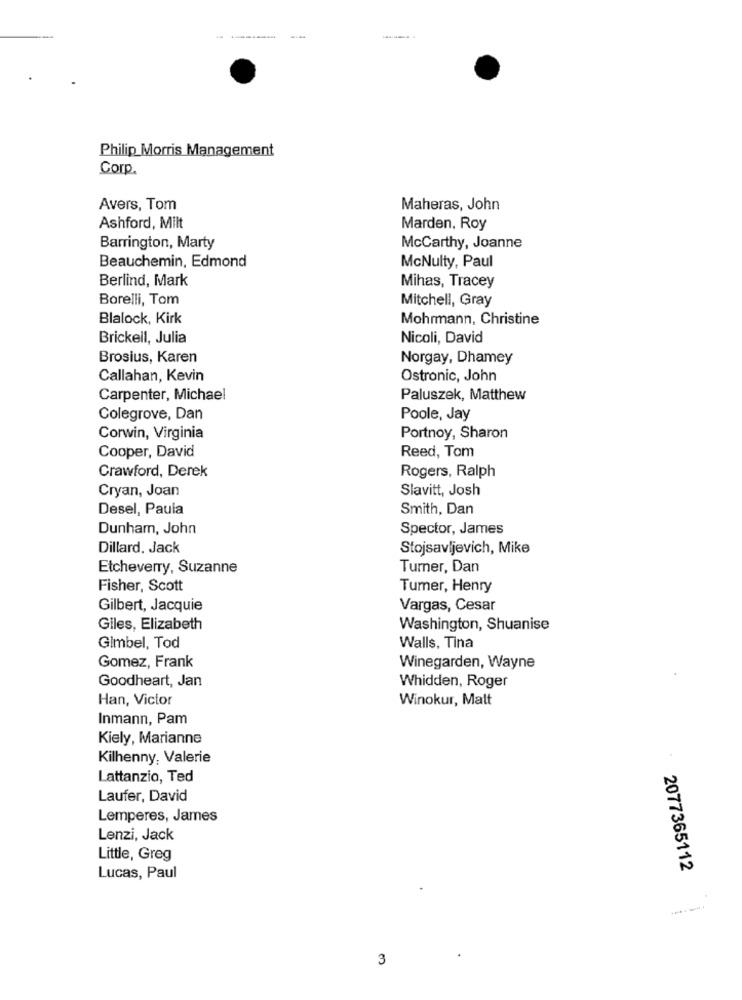
Philip Morris Management
Corp.
Avers, Tom
Maheras, John
Ashford, Milt
Marden, Roy
Barrington, Marty
McCarthy, Joanne
Beauchemin, Edmond
McNulty, Paul
Berlind, Mark
Mihas, Tracey
Borelli, Tom
Mitchell, Gray
Blalock, Kirk
Mohrmann, Christine
Brickell, Julia
Nicoli, David
Brosius, Karen
Norgay, Dhamey
Callahan, Kevin
Ostronic, John
Carpenter, Michael
Paluszek, Matthew
Colegrove, Dan
Poole, Jay
Corwin, Virginia
Portnoy, Sharon
Cooper, David
Reed, Tom
Crawford, Derek
Rogers, Ralph
Cryan, Joan
Slavitt, Josh
Desel, Paula
Smith, Dan
Dunham, John
Spector, James
Dillard. Jack
Stojsavljevich, Mike
Etcheverry, Suzanne
Turner, Dan
Fisher, Scott
Turner, Henry
Gilbert, Jacquie
Vargas, Cesar
Giles, Elizabeth
Washington, Shuanise
Gimbel, Tod
Walls, Tina
Gomez, Frank
Winegarden, Wayne
Goodheart, Jan
Whidden, Roger
Han, Victor
Winokur, Matt
Inmann, Pam
Kiely, Marianne
Kilhenny, Valerie
Lattanzio, Ted
Laufer, David
Lemperes, James
Lenzi, Jack
Little, Greg
2077365112
Lucas, Paul
3